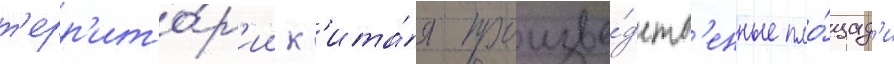
т'ерр'ито́р'ии к'ита́я произво́дств'енные пло́щад'и